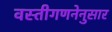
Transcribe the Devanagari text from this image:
वस्तीगणनेनुसार